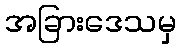
အခြားဒေသမှ